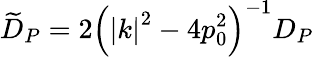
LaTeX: \widetilde{D}_{P}=2\left(\left|k\right|^{2}-4p_{0}^{2}\right)^{-1}D_{P}